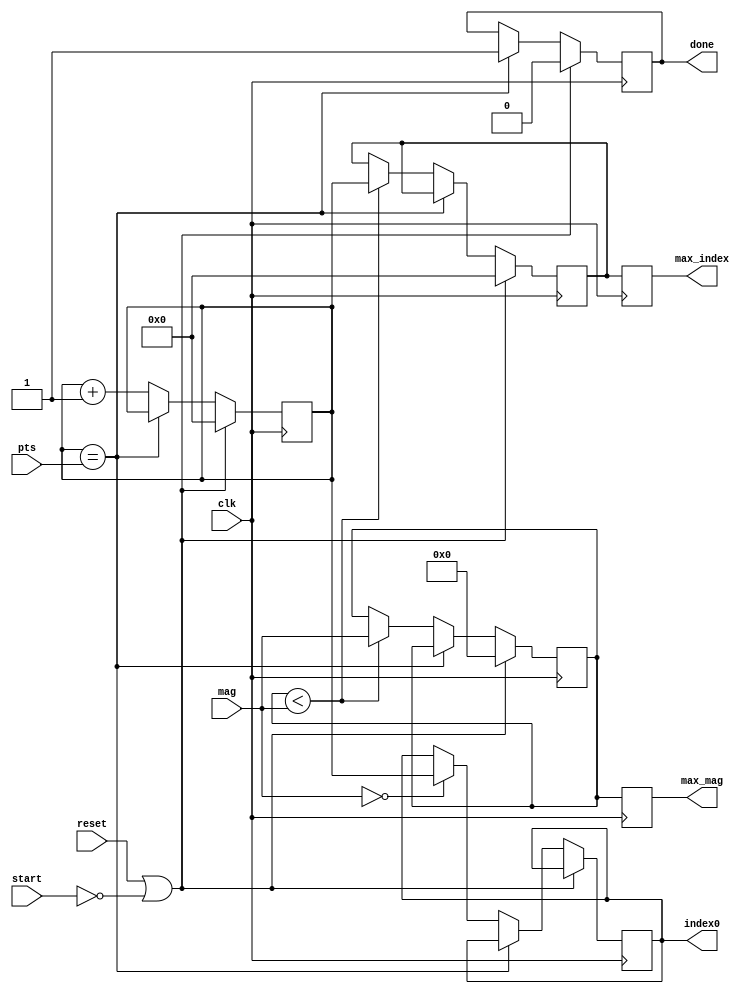
module max_finder(clk, reset, start, mag, pts, max_index ,max_mag, done, index0);
	input clk;
	input reset;
	input [10:0]pts;
	input [31:0]mag;
	input start;
	output reg [10:0]max_index;
	output reg [31:0]max_mag;
	output reg done;
	output reg [10:0]index0;
	
	reg [31:0]Max = 0;
	reg [10:0]MaxIndex = 0;
	
	reg [10:0]counter = 0;
	
	always @(posedge clk) begin
		if (reset || (!start) )begin
			MaxIndex <= 0;
			Max <= 0;
			counter <= 0;
			done <= 0;
			max_index <= 0;
			max_mag <= 0;
			end
		else begin
			if (counter == pts) begin
				done <= 1;
				end
			else begin
				counter <= counter +1;
				if (mag == 0) begin
					index0 <= counter;
					end
				if (Max < mag) begin
					MaxIndex <= counter;
					Max <= mag;
					end
				end//else
			end//else
			
		max_index <= MaxIndex;
		max_mag <= Max;
	end//always
		
endmodule